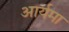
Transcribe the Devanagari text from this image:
आर्यमा